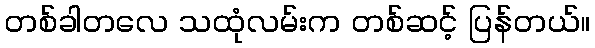
တစ်ခါတလေ သထုံလမ်းက တစ်ဆင့် ပြန်တယ်။